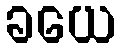
ခယေ